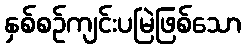
နှစ်စဉ်ကျင်းပမြဲဖြစ်သော